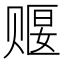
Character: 𬥺